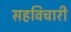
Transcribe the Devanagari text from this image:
सहविचारी